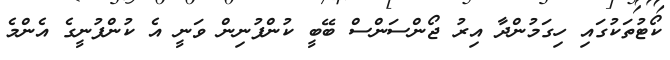
ކޯޓުތަކުގައި ހިގަމުންދާ އިރު ޖޯންސަންސް ބޭބީ ކުންފުނިން ވަނީ އެ ކުންފުނީގެ އެންމެ